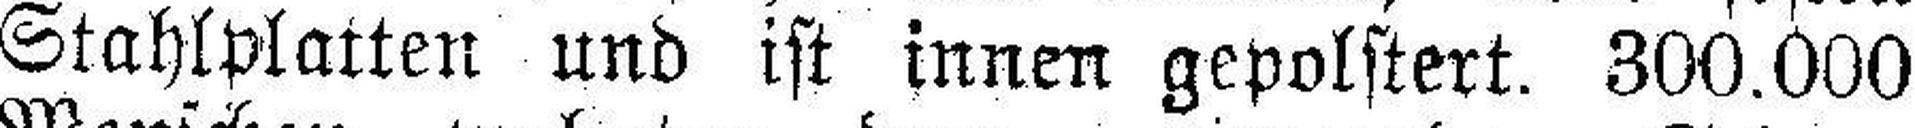
Stahlplatten und ist innen gepolstert. 300.000